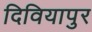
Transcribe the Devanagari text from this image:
दिवियापुर